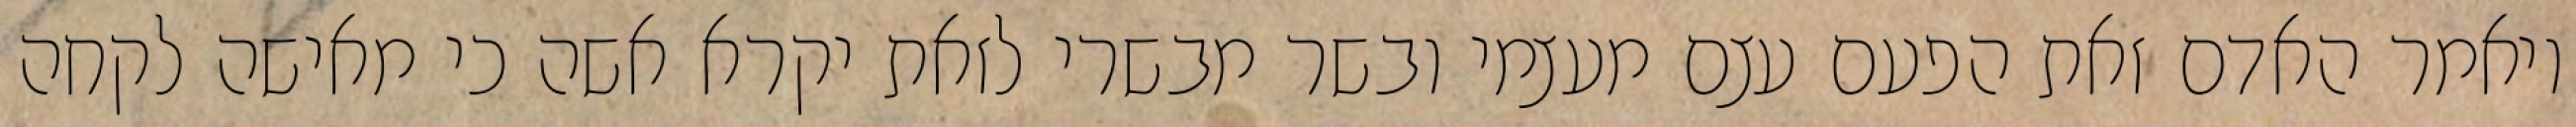
ויאמר האדם זאת הפעם עצם מעצמי ובשר מבשרי לזאת יקרא אשה כי מאישה לקחה